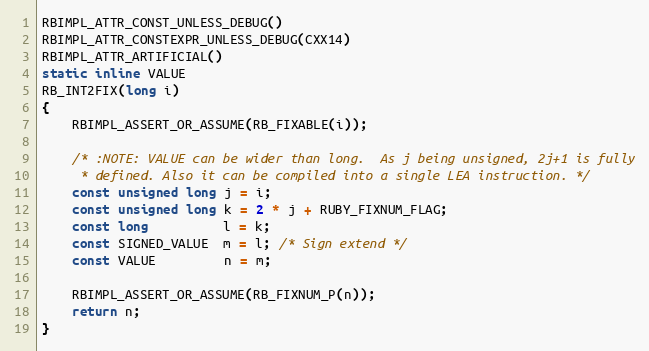
Language: C
RBIMPL_ATTR_CONST_UNLESS_DEBUG()
RBIMPL_ATTR_CONSTEXPR_UNLESS_DEBUG(CXX14)
RBIMPL_ATTR_ARTIFICIAL()
static inline VALUE
RB_INT2FIX(long i)
{
    RBIMPL_ASSERT_OR_ASSUME(RB_FIXABLE(i));

    /* :NOTE: VALUE can be wider than long.  As j being unsigned, 2j+1 is fully
     * defined. Also it can be compiled into a single LEA instruction. */
    const unsigned long j = i;
    const unsigned long k = 2 * j + RUBY_FIXNUM_FLAG;
    const long          l = k;
    const SIGNED_VALUE  m = l; /* Sign extend */
    const VALUE         n = m;

    RBIMPL_ASSERT_OR_ASSUME(RB_FIXNUM_P(n));
    return n;
}